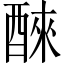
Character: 𫑹